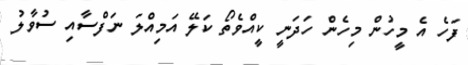
ފަހެ އެ މީހުން މިހެން ހަދަނީ ކީއްވެތޯ ކަލޭ އަމިއްލަ ނަފްސާއި ސުވާލު